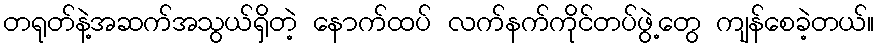
တရုတ်နဲ့အဆက်အသွယ်ရှိတဲ့ နောက်ထပ် လက်နက်ကိုင်တပ်ဖွဲ့တွေ ကျန်စေခဲ့တယ်။